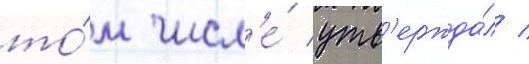
то́м числ'е́ утв'ержда́л /